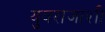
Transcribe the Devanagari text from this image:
युवराजाशी